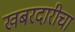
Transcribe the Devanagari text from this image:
खबरदारीचा